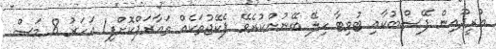
އުރީދޫއިން ފޭސްބުކާއި ޓުވިޓާ ހިލޭ ބޭނުންކުރެވޭ ޕެކޭޖުތަކެއް ތައާރަފްކޮށްފި1 އަހަރު 8 މަސް